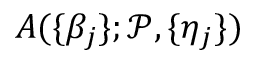
A ( \{ \beta _ { j } \} ; \mathcal { P } , \{ \eta _ { j } \} )